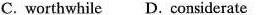
C. worthwhile D. considerate